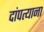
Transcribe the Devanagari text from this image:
दांपत्याना